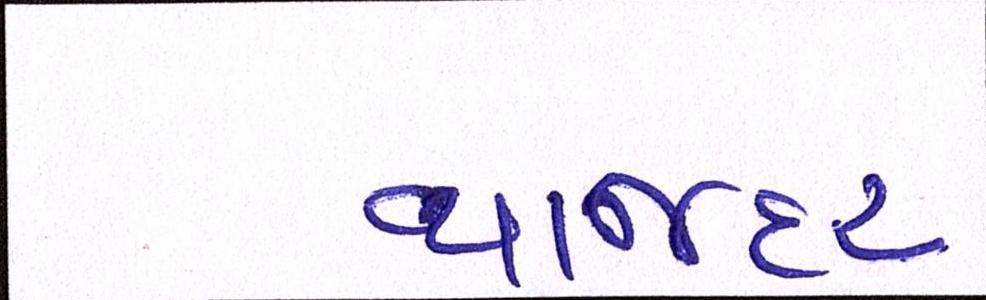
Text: વ્યાજદર